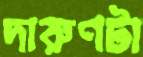
দারুণটা